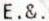
E.&.